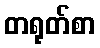
တရုတ်စာ